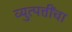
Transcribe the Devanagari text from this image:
व्युत्पत्तींचा